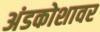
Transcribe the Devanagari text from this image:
अंडकोशावर